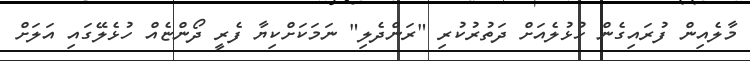
މާލެއިން ފުރައިގެން ހުޅުލެއަށް ދަތުރުކުރި "ރަންދެލި" ނަމަކަށްކިޔާ ފެރީ ދޯންޏެއް ހުޅެލޭގައި އަލަށް